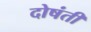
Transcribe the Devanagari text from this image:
दोषंती